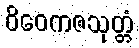
ဝိဝေကဇသုတ္တံ